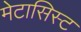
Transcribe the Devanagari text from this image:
मेटासिस्ट